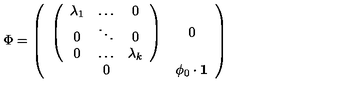
\Phi = \left( \begin{array} { c c } { \left( \begin{array} { c c c } { \lambda _ { 1 } } & { \dots } & { 0 } \\ { 0 } & { \ddots } & { 0 } \\ { 0 } & { \dots } & { \lambda _ { k } } \\ \end{array} \right) } & { 0 } \\ { 0 } & { \phi _ { 0 } \cdot { \bf 1 } } \\ \end{array} \right)